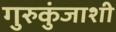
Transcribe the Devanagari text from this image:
गुरुकुंजाशी